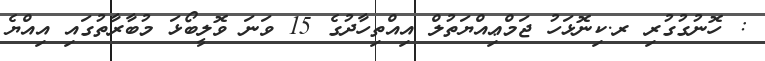
: ހޮނުގުގުރި ރ.ކިނޮޅަހު ޖަމްޢިއްޔަތުލް އިއްތިހާދުގެ 15 ވަނަ ވޮލީބޯޅަ މުބާރާތުގައި އިއްޔެ